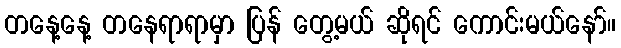
တနေ့နေ့ တနေရာရာမှာ ပြန် တွေ့မယ် ဆိုရင် ကောင်းမယ်နော်။